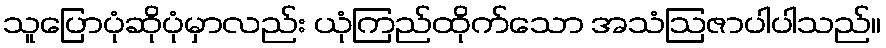
သူပြောပုံဆိုပုံမှာလည်း ယုံကြည်ထိုက်သော အသံဩဇာပါပါသည်။